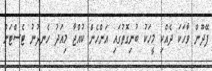
ފޭދޫން ވާހަކަ ދެއްކި މީހަކު ބުނިގޮތުގައި އަންހެން ކުއްޖާ މިއަދު ހެނދުނު ޓެސްޓަށް